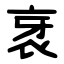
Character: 衺